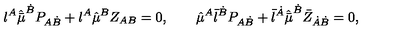
{ \l } ^ { A } \hat { \bar { \mu } } ^ { \dot { B } } P _ { A \dot { B } } + \l ^ { A } \hat { \mu } ^ { B } Z _ { A B } = 0 , \qquad \hat { \mu } ^ { A } { \bar { \l } } ^ { \dot { B } } P _ { A \dot { B } } + \bar { \l } ^ { \dot { A } } \hat { \bar { \mu } } ^ { \dot { B } } \bar { Z } _ { \dot { A } \dot { B } } = 0 ,